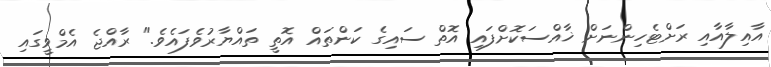
އާއިލާއާއި ރަށްޓެހިންނަށް ޚާއްސަކޮށްފައި އޮތް ސައިގެ ކަންތައް އޮތީ ތައްޔާރުވެފައެވެ." ރާއްޖެ އެމްވީގައި